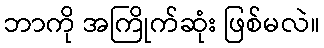
ဘာကို အကြိုက်ဆုံး ဖြစ်မလဲ။